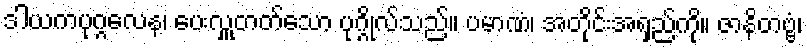
ဒါယကပုဂ္ဂလေန၊ ပေးလှူတတ်သော ပုဂ္ဂိုလ်သည်။ ပမာဏံ၊ အတိုင်းအရှည်ကို။ ဇာနိတဗ္ဗံ၊